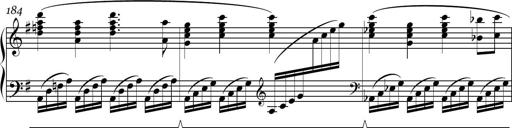
Title: Sonatina in E minor
Composer: Shuwen Zhang
Key: E minor